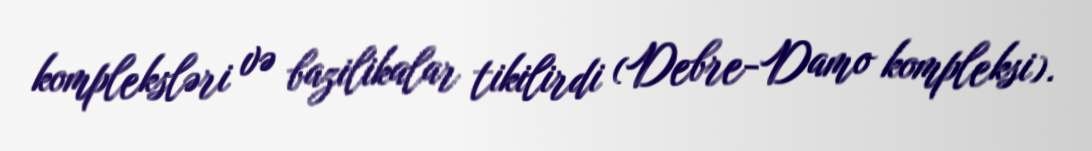
kompleksləri və bazilikalar tikilirdi (Debre-Damo kompleksi).